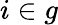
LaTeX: i\in g